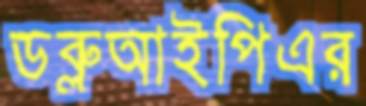
ডব্লুআইপিএর